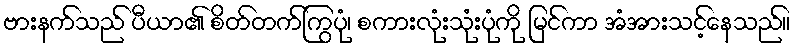
ဗားနက်သည် ပီယာ၏ စိတ်တက်ကြွပုံ၊ စကားလုံးသုံးပုံကို မြင်ကာ အံအားသင့်နေသည်။